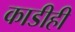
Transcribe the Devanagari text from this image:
काडीही